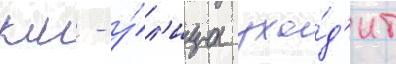
км - у́л'ица ухо́д'ит